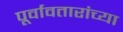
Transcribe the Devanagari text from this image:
पूर्वावतारांच्या